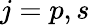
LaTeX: j=p,s